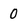
Character: 0